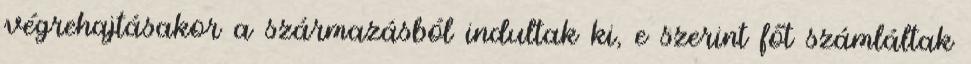
végrehajtásakor a származásból indultak ki, e szerint főt számláltak